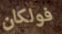
فولكان